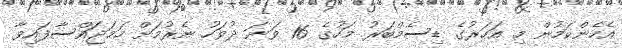
އެހެންކަމުން މި އަހަރުގެ ޑިސެމްބަރު މަހުގެ 16 ވަނަ ދުވަހު ނެރުމަށް ހަމަޖައްސާފައިވާ